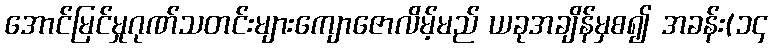
အောင်မြင်မှုဂုဏ်သတင်းများကျောဇောလိမ့်မည် ယခုအချိန်မှစ၍ အခန်း(၁၄